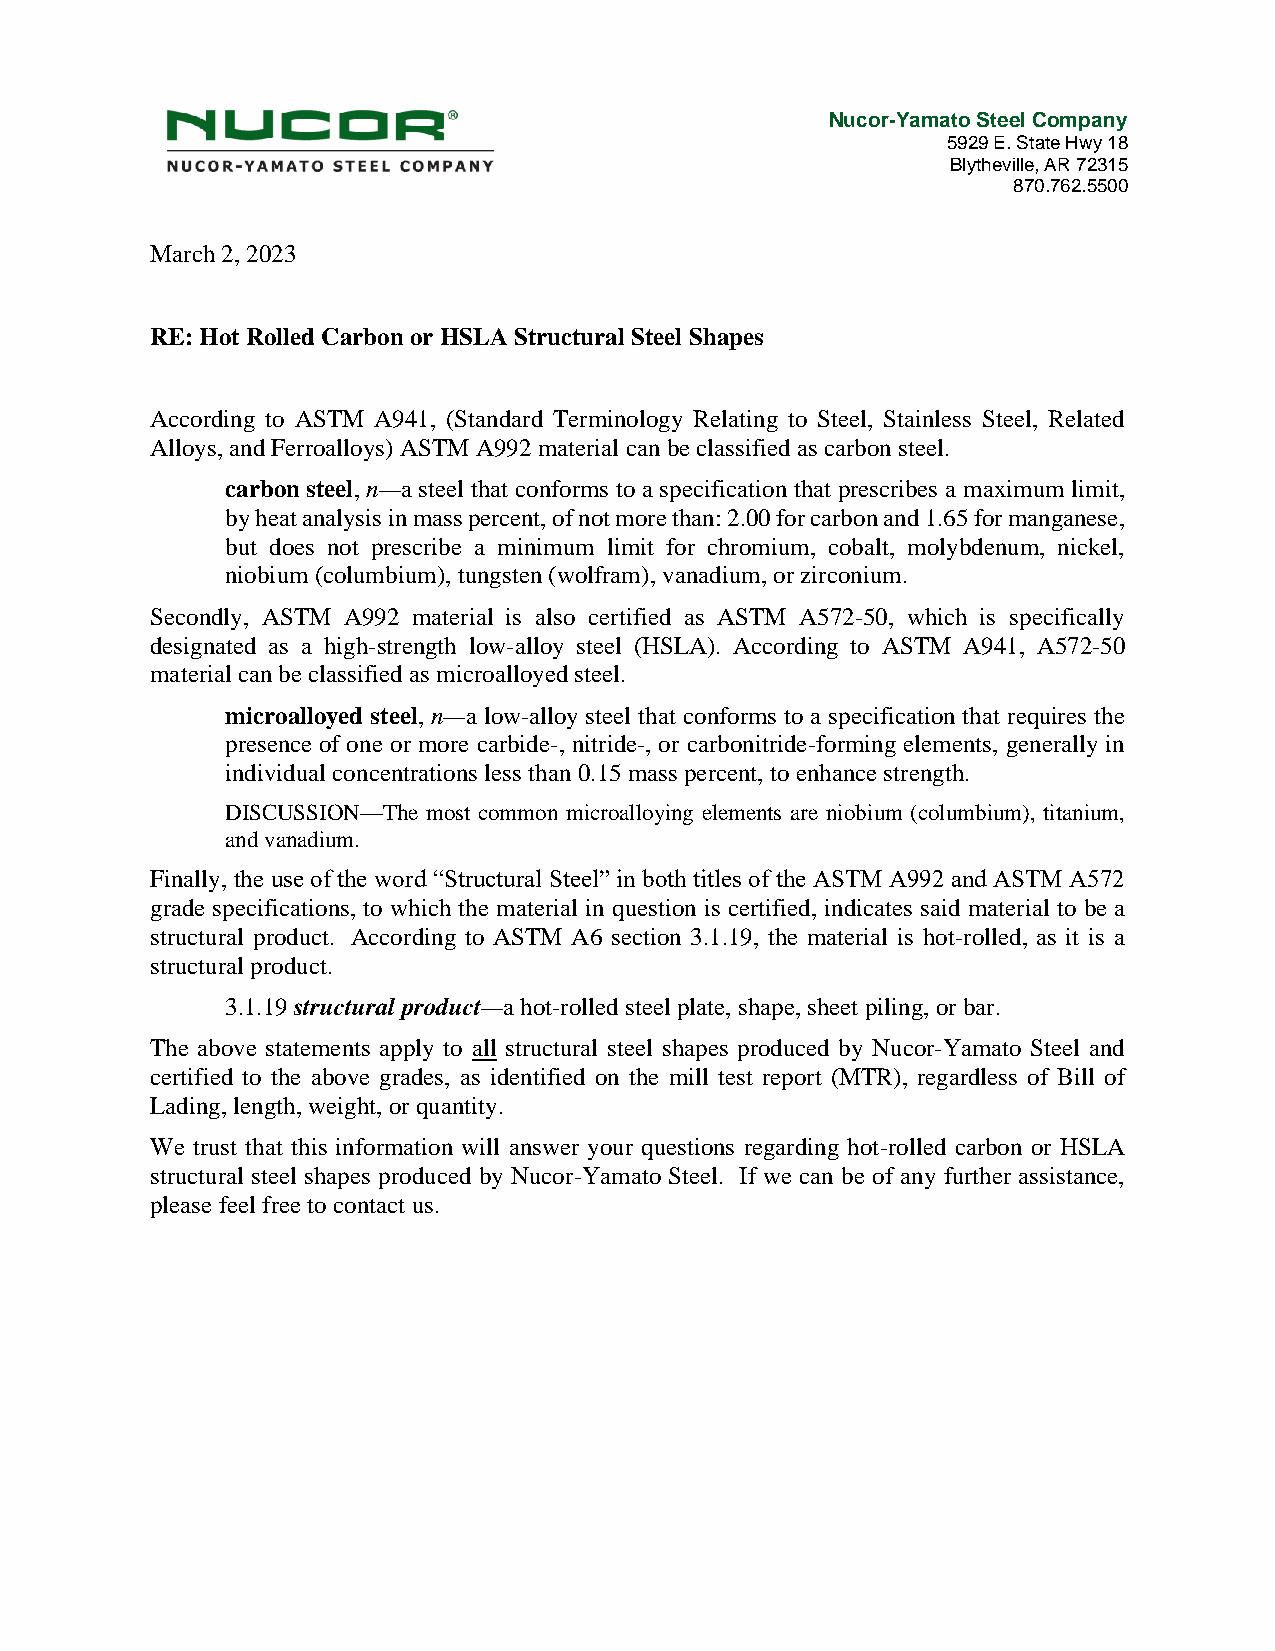
Nucor-Yamato Steel Company
 5929 E. State Hwy 18
 Blytheville, AR 72315
 870.762.5500
 March 2, 2023
 RE: Hot Rolled Carbon or HSLA Structural Steel Shapes
 According to ASTM A941, (Standard Terminology Relating to Steel, Stainless Steel, Related
 Alloys, and Ferroalloys) ASTM A992 material can be classified as carbon steel.
 carbon steel, n—a steel that conforms to a specification that prescribes a maximum limit,
 by heat analysis in mass percent, of not more than: 2.00 for carbon and 1.65 for manganese,
 but does not prescribe a minimum limit for chromium, cobalt, molybdenum, nickel,
 niobium (columbium), tungsten (wolfram), vanadium, or zirconium.
 Secondly, ASTM A992 material is also certified as ASTM A572-50, which is specifically
 designated as a high-strength low-alloy steel (HSLA). According to ASTM A941, A572-50
 material can be classified as microalloyed steel.
 microalloyed steel, n—a low-alloy steel that conforms to a specification that requires the
 presence of one or more carbide-, nitride-, or carbonitride-forming elements, generally in
 individual concentrations less than 0.15 mass percent, to enhance strength.
 DISCUSSION—The most common microalloying elements are niobium (columbium), titanium,
 and vanadium.
 Finally, the use of the word “Structural Steel” in both titles of the ASTM A992 and ASTM A572
 grade specifications, to which the material in question is certified, indicates said material to be a
 structural product. According to ASTM A6 section 3.1.19, the material is hot-rolled, as it is a
 structural product.
 3.1.19 structural product—a hot-rolled steel plate, shape, sheet piling, or bar.
 The above statements apply to all structural steel shapes produced by Nucor-Yamato Steel and
 certified to the above grades, as identified on the mill test report (MTR), regardless of Bill of
 Lading, length, weight, or quantity.
 We trust that this information will answer your questions regarding hot-rolled carbon or HSLA
 structural steel shapes produced by Nucor-Yamato Steel. If we can be of any further assistance,
 please feel free to contact us.